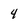
Character: 4